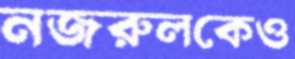
নজরুলকেও